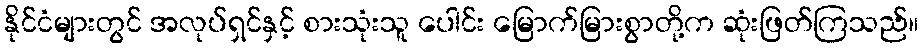
နိုင်ငံများတွင် အလုပ်ရှင်နှင့် စားသုံးသူ ပေါင်း မြောက်မြားစွာတို့က ဆုံးဖြတ်ကြသည်။